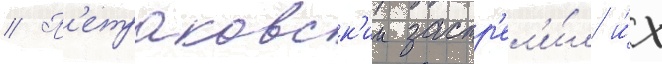
// П'етраковск'ии застр'ел'и́л и́х